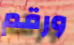
ورقم